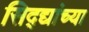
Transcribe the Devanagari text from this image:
सिद्द्यांच्या